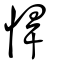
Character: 悍